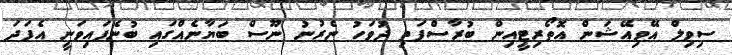
ސިވިލް އޭވިއޭޝަން އޮތޯރިޓީއިން ބުރާސްފަތި ދުވަހު ނެރުނު ނޫސް ބަޔާނެއްގައި ބުނެފައިވަނީ އެފަދަ